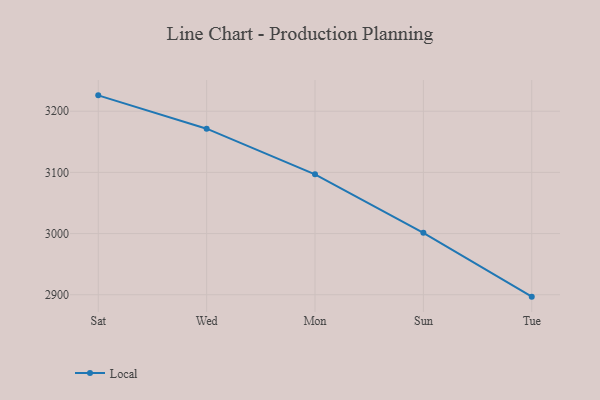
{"axis": {"x": "Day", "y": "Inventory Turnover"}, "legend": ["Local"], "data": [{"x": "Sat", "y": 3225.9, "type": "Local"}, {"x": "Wed", "y": 3171.4, "type": "Local"}, {"x": "Mon", "y": 3096.8, "type": "Local"}, {"x": "Sun", "y": 3001.3, "type": "Local"}, {"x": "Tue", "y": 2896.9, "type": "Local"}]}